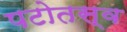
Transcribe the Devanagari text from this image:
पटोतस्व